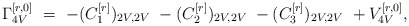
\begin{align*} \Gamma_{4V}^{[r,0]} \ = \ -(C_{1}^{[r]})_{2V,2V} \ -(C_{2}^{[r]})_{2V,2V} \ -(C_{3}^{[r]})_{2V,2V} \ +V_{4V}^{[r,0]},\end{align*}